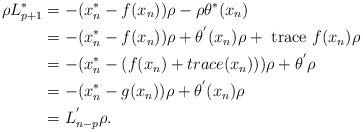
LaTeX: \begin{align*} \rho L^*_{p+1} &= -(x^*_n-f(x_n))\rho - \rho\theta^*(x_n)\\&= -(x^*_n - f(x_n))\rho + \theta^{'}(x_n)\rho + \hbox{ \rm trace }f(x_n)\rho\\&= -(x^*_n -(f(x_n) + trace(x_n)))\rho + \theta^{'}\rho\\&= -(x^*_n - g(x_n))\rho + \theta^{'}(x_n)\rho\\&= L^{'}_{n-p}\rho.\\ \end{align*}